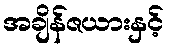
အချိန်ဇယားနှင့်